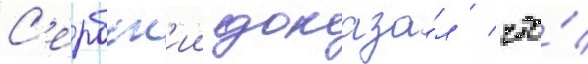
С'ербск'ии доказа́л / что́